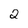
Character: 2